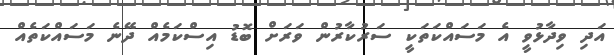
އަދި ވިދާޅުވީ އެ މަސައްކަތަކީ ސަރުކާރުން ވަރަށް ބޮޑު އިސްކަމެއް ދޭނެ މަސައްކަތެއް